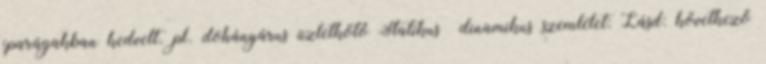
iparágakban kedvelt. pl. dohányárus üzletkötő Statikus dinamikus szemlélet: Lásd: következő